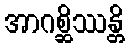
အာဂစ္ဆိဿန္တိ